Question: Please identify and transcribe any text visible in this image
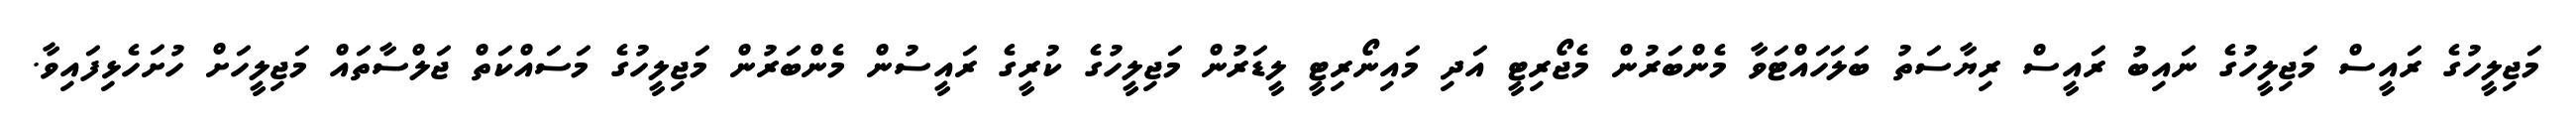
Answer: މަޖިލީހުގެ ރައީސް މަޖިލީހުގެ ނައިބު ރައީސް ރިޔާސަތު ބަލަހައްޓަވާ މެންބަރުން މެޖޯރިޓީ އަދި މައިނޯރިޓީ ލީޑަރުން މަޖިލީހުގެ ކުރީގެ ރައީސުން މެންބަރުން މަޖިލީހުގެ މަސައްކަތް ޖަލްސާތައް މަޖިލީހަށް ހުށަހެޅިފައިވާ.